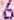
6